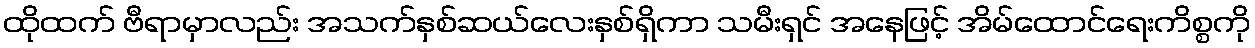
ထိုထက် ဗီရာမှာလည်း အသက်နှစ်ဆယ်လေးနှစ်ရှိကာ သမီးရှင် အနေဖြင့် အိမ်ထောင်ရေးကိစ္စကို